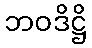
ဘဝဒိဋ္ဌိ